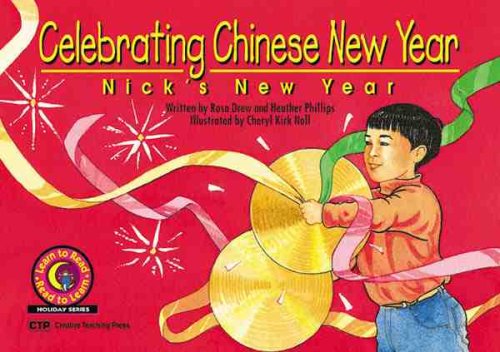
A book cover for Celebrating Chinese New Year: Nick's New Year; Rosa Drew; Children's Books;